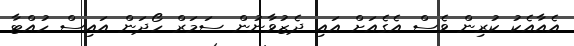
އެއާއެކު ކުރިން ވެސް އެގެއަށް އައި ދެޒުވާނުން ސަމަރް ހޯދަން އައިސް ހުއްޓާ